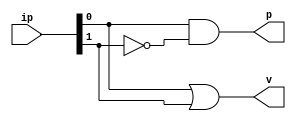
///////////////////////////////////////////////////////////////////////////
//                                                                       //
//			 2 bit leading zero detector                     //
//                                  By                                   //
//                        Santosh Kumar Krishnan                         //
//                                                                       //
//                         'TOP - 3' level entity                        //
//                                                                       //
///////////////////////////////////////////////////////////////////////////
/*  Copyright (C) 2016  Santosh Kumar Krishnan

    This program is free software: you can redistribute it and/or modify
    it under the terms of the GNU General Public License as published by
    the Free Software Foundation, either version 3 of the License, or
    (at your option) any later version.

    This program is distributed in the hope that it will be useful,
    but WITHOUT ANY WARRANTY; without even the implied warranty of
    MERCHANTABILITY or FITNESS FOR A PARTICULAR PURPOSE.  See the
    GNU General Public License for more details.

    You should have received a copy of the GNU General Public License
    along with this program.  If not, see http://www.gnu.org/licenses/.*/
	
module LZD_2bit(
ip,
p,
v);

//input
input [1:0] ip;

//output
output p;
output v;

//internal signals
wire t_1;

//combinational logic
assign t_1 = ~ip[1];
assign p = ip[0] & t_1;
assign v = ip[0] | ip[1];

//end
endmodule